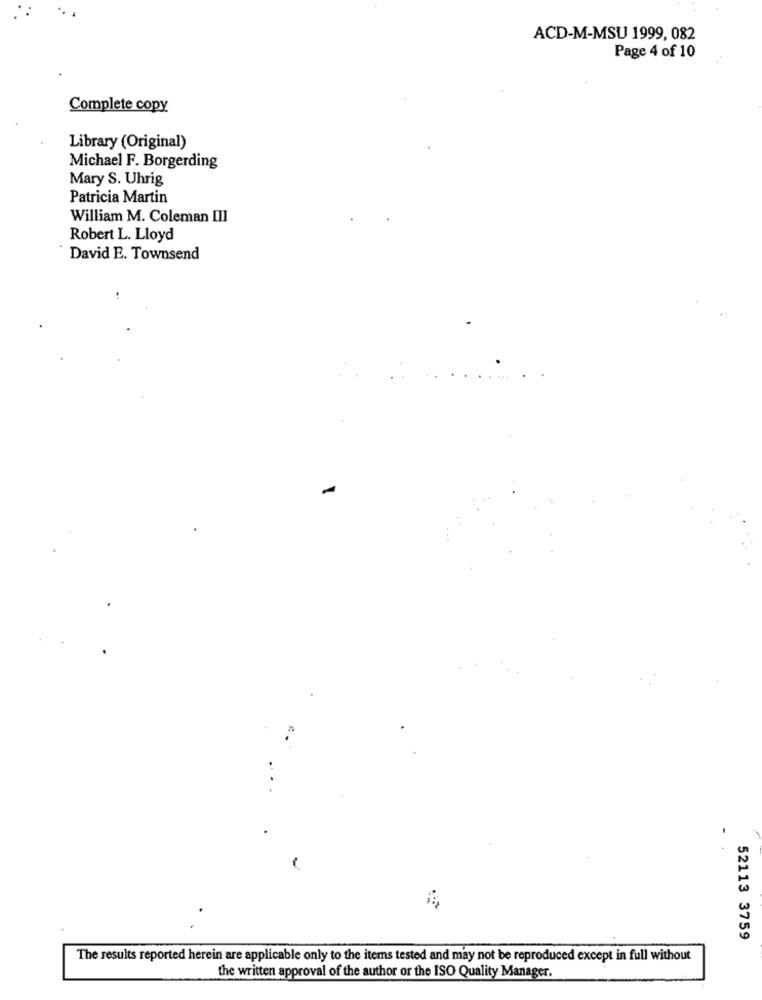
ACD-M-MSU 1999, 082
Page 4 of 10
Complete copy
Library (Original)
Michael F. Borgerding
Mary S. Uhrig
Patricia Martin
William M. Coleman III
Robert L. Lloyd
David E. Townsend
-
52113 3759
The results reported herein are applicable only to the items tested and may not be reproduced except in full without
the written approval of the author or the ISO Quality Manager.